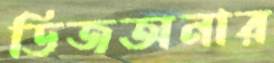
ডিজঅনার